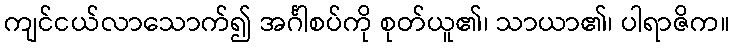
ကျင်ငယ်လာသောက်၍ အင်္ဂါစပ်ကို စုတ်ယူ၏၊ သာယာ၏၊ ပါရာဇိက။